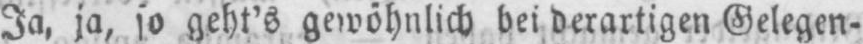
Ja, ja, so geht’s gewöhnlich bei derartigen Gelegen-